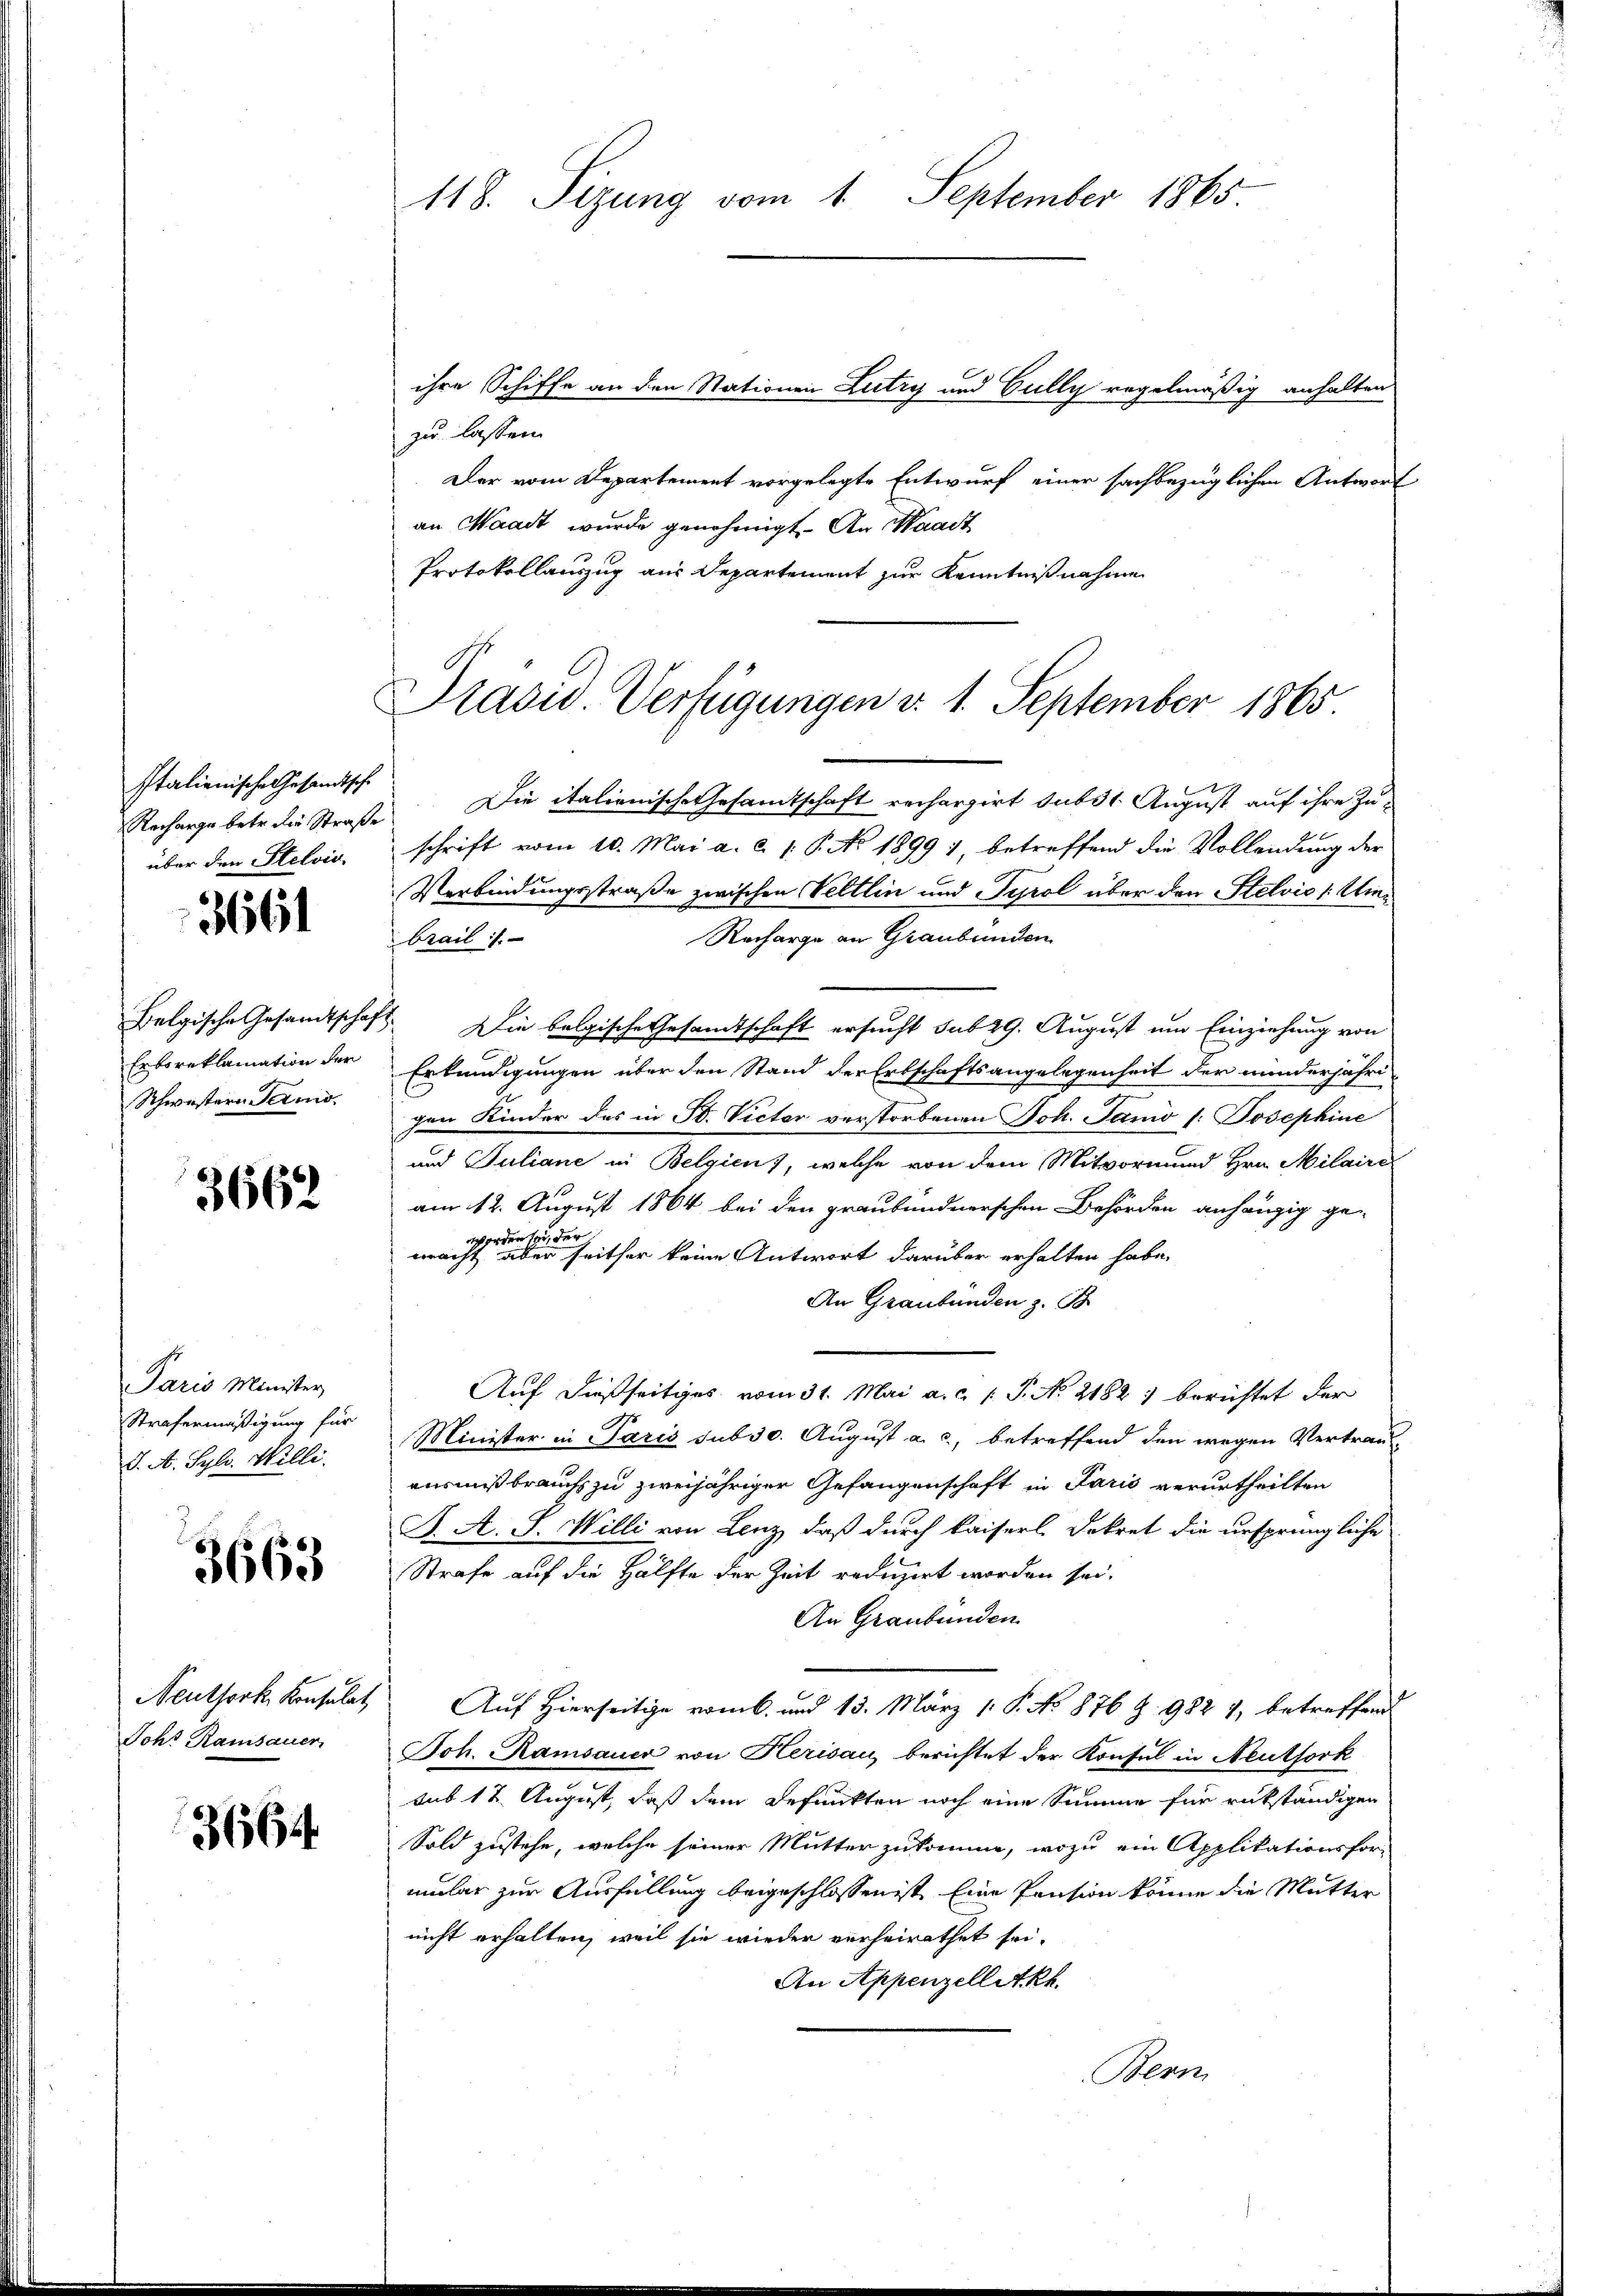
Italienische Gesandtsche
über den Stelvia
3661

Erboreklamation der
Schwestern Termi

3662

Paris Minister,
Strafermäßigung für
J. A. Syls. Willi

3663

Joht Ramsauer

3664

118. Sizung vom 1. September 1865.

zu lassen.
Der vom Departement vorgelegte Entwurf einer sachbezüglichen Antwort
an Waadt wurde genehmigt. An Waadt
Protokollauszug aus Departement zur Kenntnißnahme
Nacharge betr. die Straße. Die italienische Gesamtschaft rechargirt sub 31 August auf ihre Zuschrift vom 10. Mai a. c. 1. P. No 1899 1, betreffend die Vollendung der
Verbindungsstraße zwischen Veltlin und Tyrol über den Stelvio (Uie¬
Recharge an Graubünden
Brail :/.
Belgische Gesandtschaft. Die belgische Gesandtschaft ersucht sub 29. August um Einziehung von
Erkundigungen über den Stand der Erbschaftsangelegenheit der minderjährigen Kinder das in Bd. Victor verstorbenen Joh. Janio (: Josephine
und Juliane in Belgien), welche von dem Mitvormund Hrn. Milaire
am 12. August 1864 bei den graubündnerschen Behörden anhängig ge-
werden sei, der
wacht, aber seither keine Antwort darüber erhalten habe.
An Graubünden z. B
Auf dießseitiges vom 31. Mai a.c. s. S. No. 2182) berichtet der
Minister in Paris sub 30. August a. c., betreffend den wegen Vertrau
ausmissbrauchs zu zweijähriger Gefangenschaft in Paris verurtheilten
J. A. J. Willi von Lenz, daß durch kaiserl Dekret die ursprüngliche
Strafe auf die Hälfte der Zeit reduzirt worden sei.
An Graubünden
Neuthork Konsulat Auf Hierseitige vom 6. und 13. März 1. P. No 876 Z. 982 7, betreffend
Joh. Kamsauer von Herisau berichtet der Konsul in Neuthork
sub 12 August, daß dem defunkten noch eine Summe für rükständigen
Sold zustehe, welche seiner Mutter zukomme, wozu ein Applikationsfor-
mular zur Ausfüllung beigeschlossen ist. Eine Pension könne die Mutter
nicht erhalten, weil sie wieder verheirathet sei.
An Appenzelletkh
Bern

ihre Schiffe an den Stationen Lutry und Gully regelmäßig anhalten

Präsid. Verfügungen d. 1. September 1865